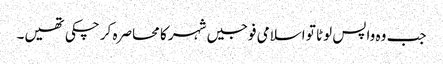
جب وہ واپس لوٹا تو اسلامی فوجیں شہر کا محاصرہ کر چکی تھیں۔